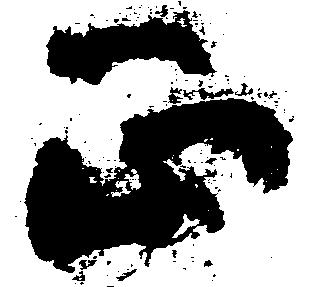
正